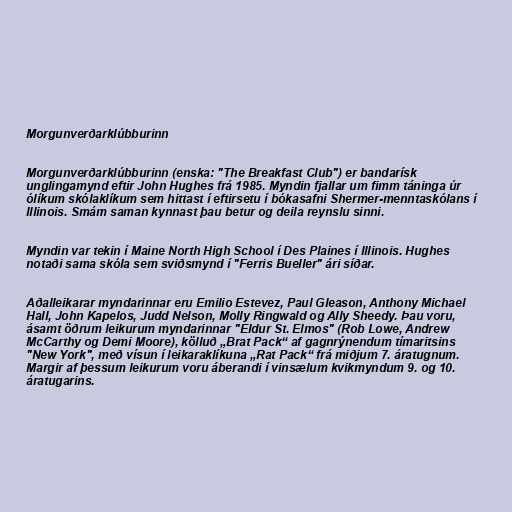
Morgunverðarklúbburinn

Morgunverðarklúbburinn (enska: "The Breakfast Club") er bandarísk
unglingamynd eftir John Hughes frá 1985. Myndin fjallar um fimm táninga úr
ólíkum skólaklíkum sem hittast í eftirsetu í bókasafni Shermer-menntaskólans í
Illinois. Smám saman kynnast þau betur og deila reynslu sinni.

Myndin var tekin í Maine North High School í Des Plaines í Illinois. Hughes
notaði sama skóla sem sviðsmynd í "Ferris Bueller" ári síðar.

Aðalleikarar myndarinnar eru Emilio Estevez, Paul Gleason, Anthony Michael
Hall, John Kapelos, Judd Nelson, Molly Ringwald og Ally Sheedy. Þau voru,
ásamt öðrum leikurum myndarinnar "Eldur St. Elmos" (Rob Lowe, Andrew
McCarthy og Demi Moore), kölluð „Brat Pack“ af gagnrýnendum tímaritsins
"New York", með vísun í leikaraklíkuna „Rat Pack“ frá miðjum 7. áratugnum.
Margir af þessum leikurum voru áberandi í vinsælum kvikmyndum 9. og 10.
áratugarins.